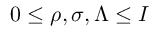
0 \leq \rho , \sigma , \Lambda \leq I